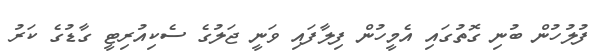
ފުލުހުން ބުނި ގޮތުގައި އެމީހުން ފިލާފައި ވަނީ ޖަލުގެ ސެކިއުރިޓީ ގާޑުގެ ކަރު